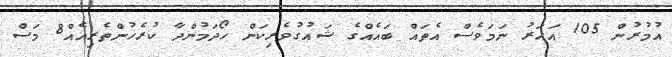
އުމުރުން 105 އަހަރު ނަމަވެސް އެތައް ބައެއްގެ ޝައުގުވެރިކަން ހޯދަމުންދާ ކުރެހުންތެރިއެއް8 މަސް